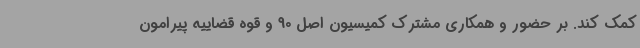
کمک کند. بر حضور و همکاری مشترک کمیسیون اصل 90 و قوه قضاییه پیرامون